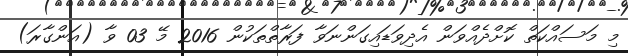
މި މަސައްކަތް ކޮށްދެއްވަން އެދިވަޑައިގަންނަވާ ފަރާތްތަކުން 2016 މޭ 03 ވާ (އަންގާރަ)